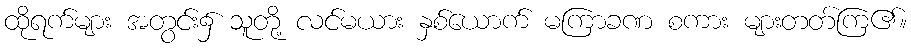
ထိုရက်များ အတွင်း၌ သူတို့ လင်မယား နှစ်ယောက် မကြာခဏ စကား များတတ်ကြ၏။